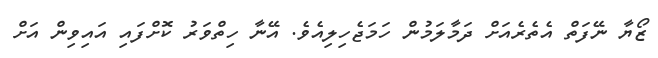
ޒޯޔާ ނޭފަތް އެތެރެއަށް ދަމާލަމުން ހަމަޖެހިލިއެވެ. އޭނާ ހިތްވަރު ކޮށްފައި އައިވިން އަށް